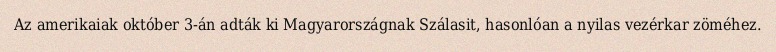
Az amerikaiak október 3-án adták ki Magyarországnak Szálasit, hasonlóan a nyilas vezérkar zöméhez.